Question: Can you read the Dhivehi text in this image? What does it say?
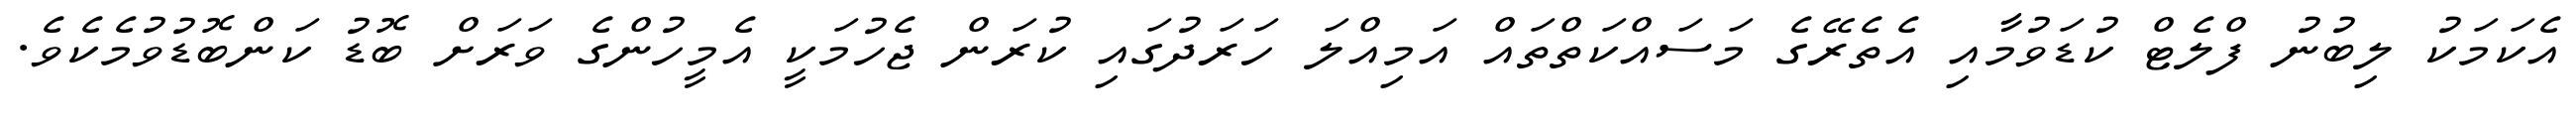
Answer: އެކަމަކު ލިބުނު ފްލެޓް ކުޑަވުމާއި އެތެރޭގެ މަސައްކަތްތައް އަމިއްލަ ހަރަދުގައި ކުރަން ޖެހުމަކީ އެމީހުންގެ ވަރަށް ބޮޑު ކަންބޮޑުވުމެކެވެ.